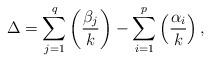
LaTeX: \begin{align*}\Delta=\sum_{j=1}^q\left(\frac{\beta_j}{k}\right)-\sum_{i=1}^p\left(\frac{\alpha_i}{k}\right),\end{align*}